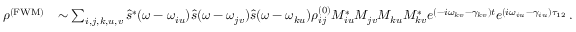
\begin{array} { r l } { \rho ^ { \mathrm { ( F W M ) } } } & { \sim \sum _ { i , j , k , u , v } \hat { s } ^ { * } ( \omega - \omega _ { i u } ) \hat { s } ( \omega - \omega _ { j v } ) \hat { s } ( \omega - \omega _ { k u } ) \rho _ { i j } ^ { ( 0 ) } M _ { i u } ^ { * } M _ { j v } M _ { k u } M _ { k v } ^ { * } e ^ { ( - i \omega _ { k v } - \gamma _ { k v } ) t } e ^ { ( i \omega _ { i u } - \gamma _ { i u } ) \tau _ { 1 2 } } \, . } \end{array}